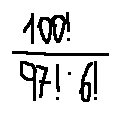
\frac { 1 0 0 ! } { 9 7 ! \cdot 6 ! }